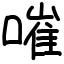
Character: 嗺